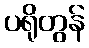
ပရိုတွန်